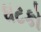
ઘટકો